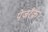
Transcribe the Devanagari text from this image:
पेजरॅँक